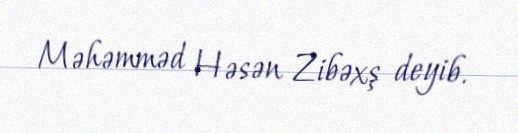
Məhəmməd Həsən Zibəxş deyib.